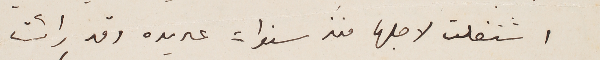
اشتغلت لاجلها منذ سنوات عديده وقد رائيت